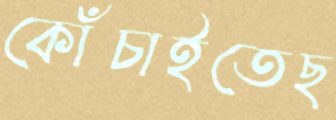
কোঁচাইতেছ